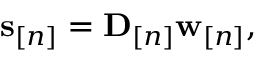
\begin{array} { r } { { \bf s } _ { [ n ] } = { \mathbf { D } } _ { [ n ] } \mathbf w _ { [ n ] } , \quad } \end{array}